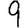
Digit: 9